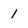
Character: I